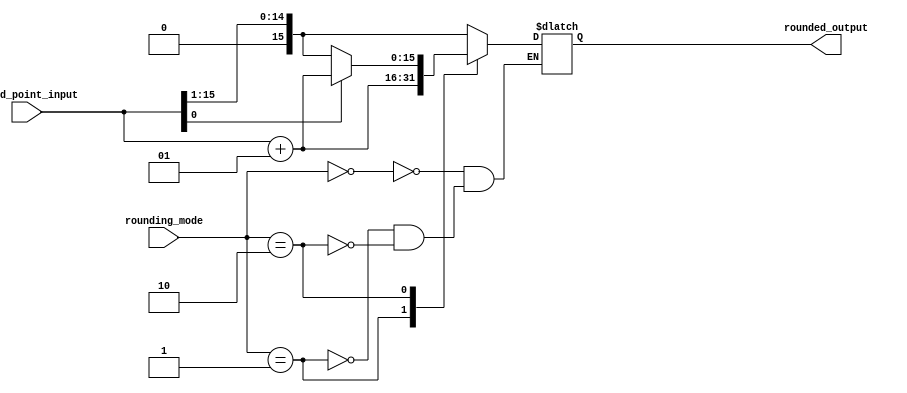
module fixed_point_rounding_unit (
    input signed [15:0] fixed_point_input,
    input [1:0] rounding_mode, // 00 - round down, 01 - round up, 10 - round to nearest
    output reg signed [15:0] rounded_output
);

always @(*) begin
    case(rounding_mode)
        2'b00: rounded_output = fixed_point_input >> 1; // Round down
        2'b01: rounded_output = fixed_point_input + 1; // Round up
        2'b10: begin
            if(fixed_point_input[0] == 0) // Check if least significant bit is 0
                rounded_output = fixed_point_input >> 1; // Round down
            else 
                rounded_output = fixed_point_input + 1; // Round up
        end
    endcase
end

endmodule